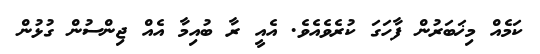
ކަމެއް މިޚަބަރުން ފާހަގަ ކުރެވެއެވެ. އެއީ ރާ ބުއިމާ އެއް ޖިންސުން ގުޅުން